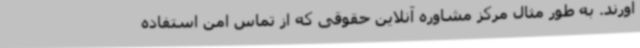
‌آورند. به طور مثال مرکز مشاوره آنلاین حقوقی که از تماس امن استفاده